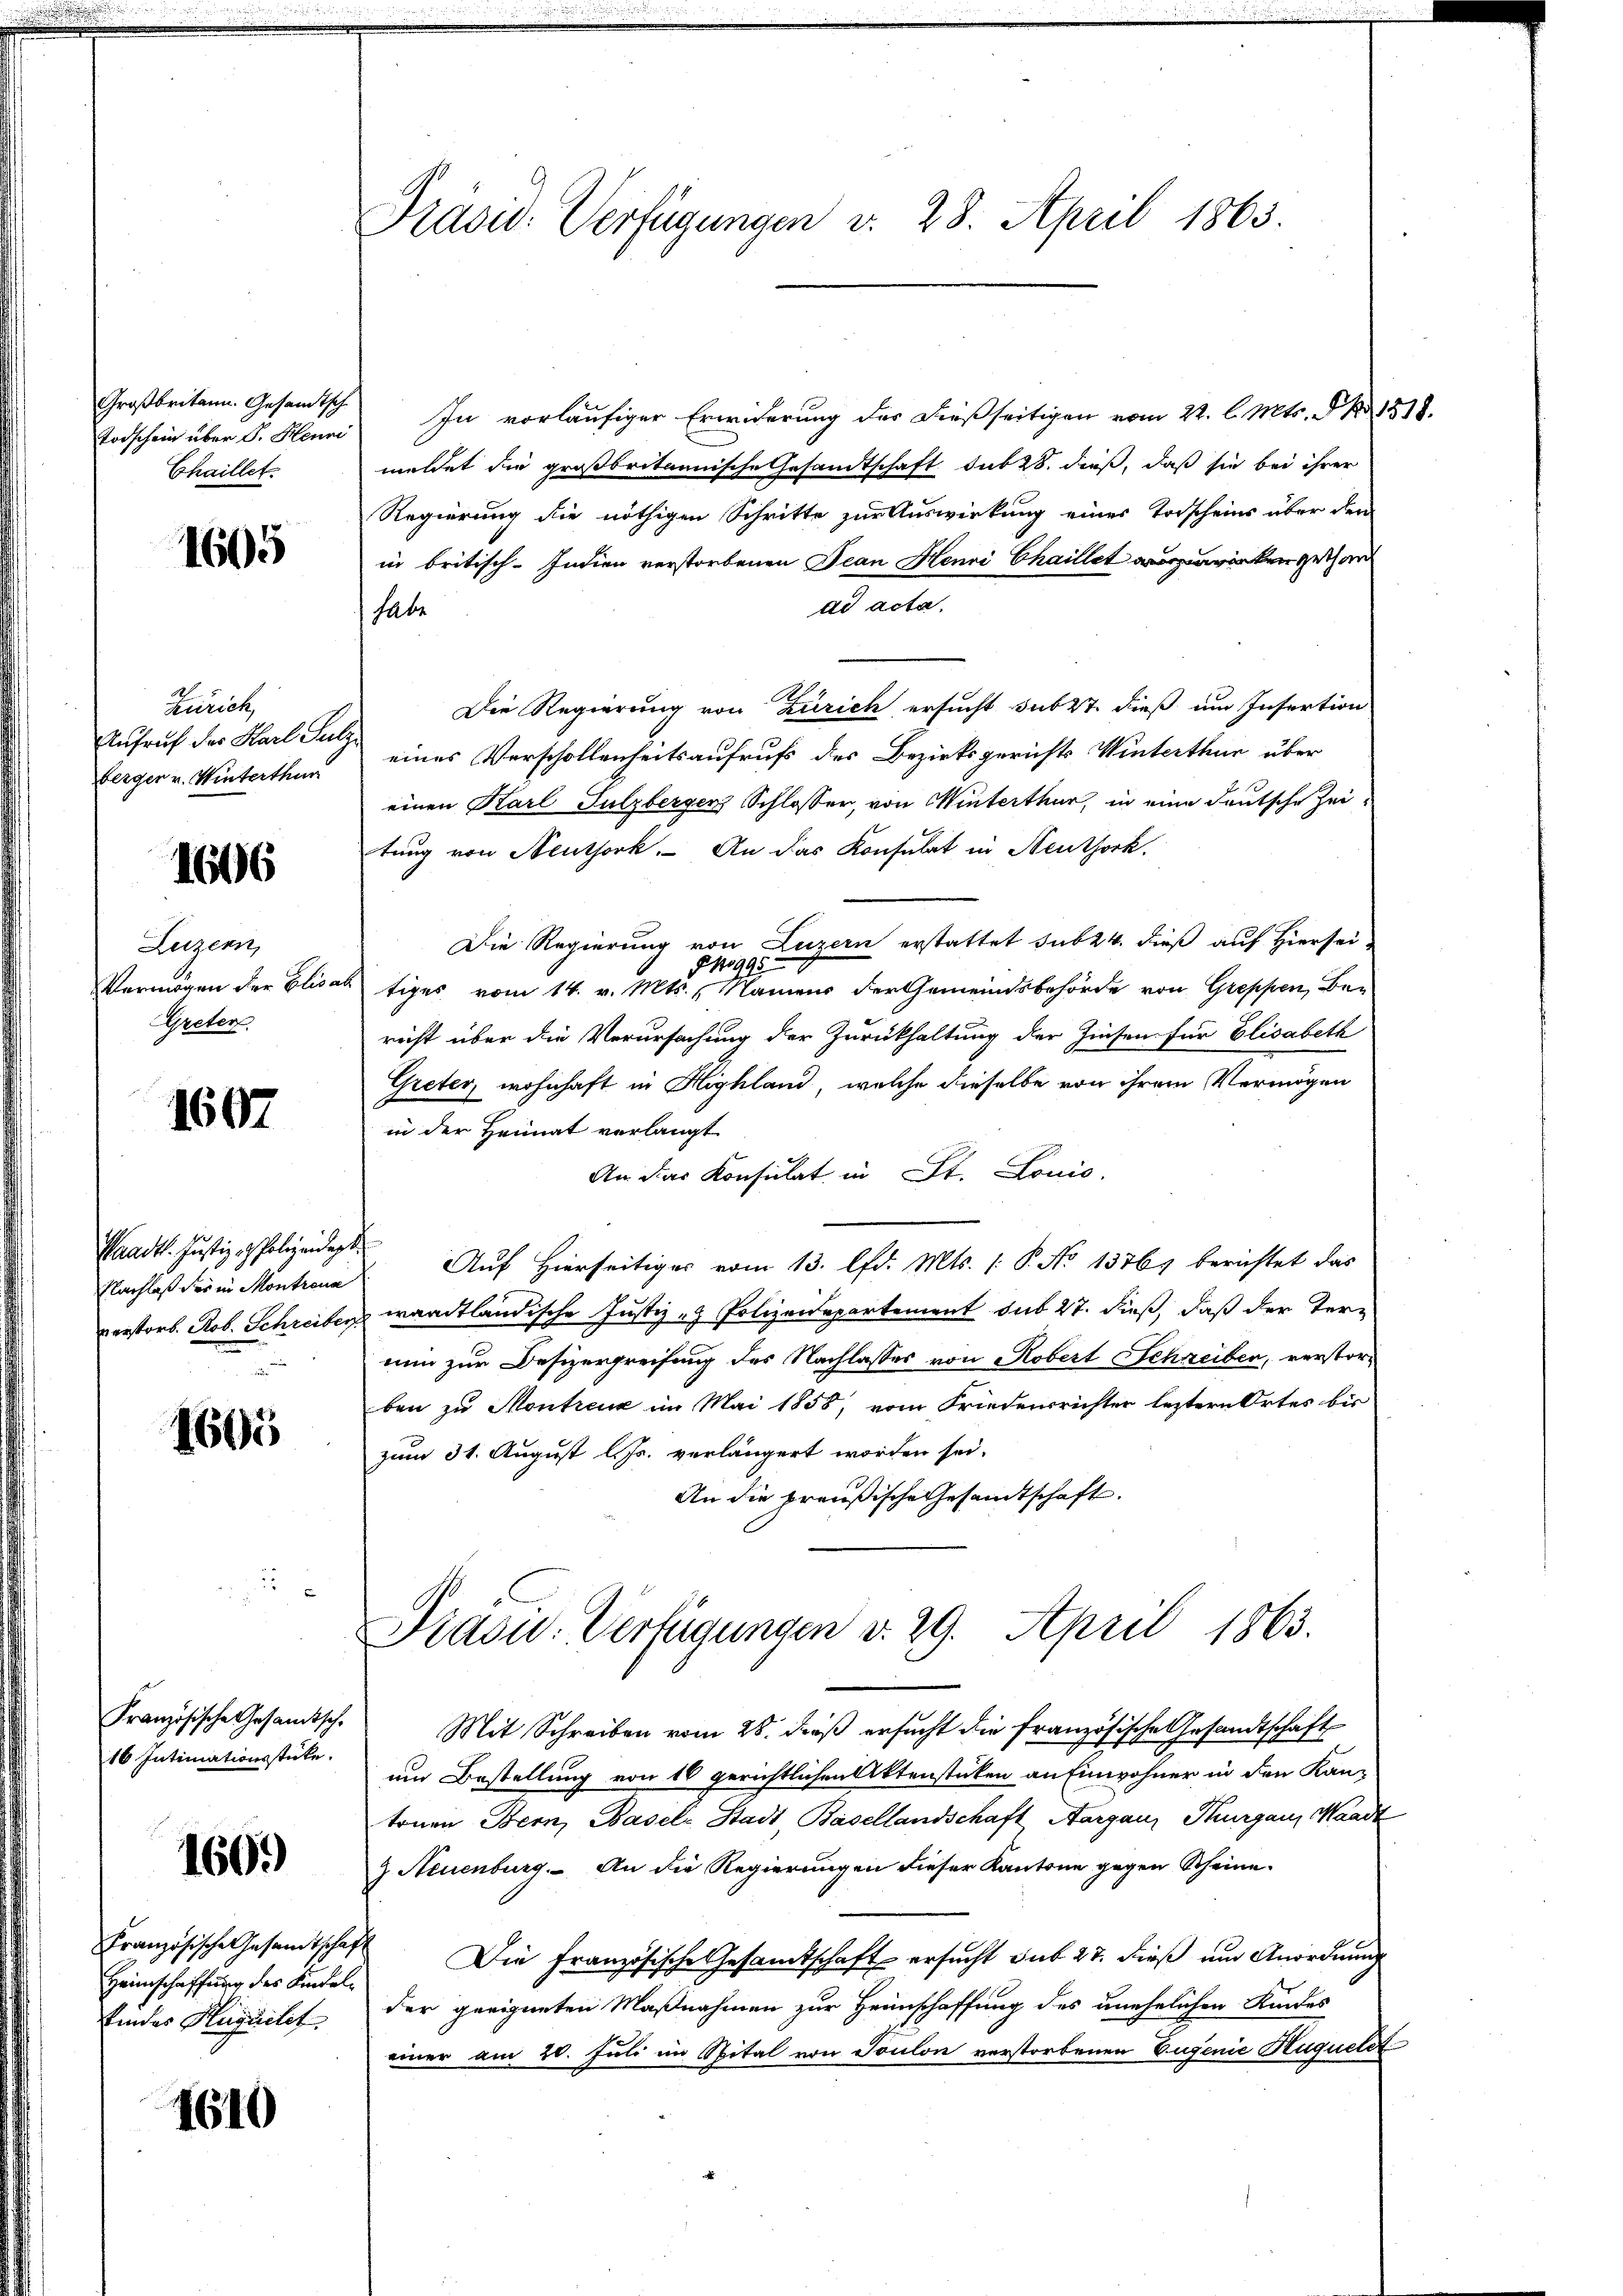
Großbritann. Gesandtsch
Todschein über 8. Henni
Chaillet.

1605

Zürich,
Aufruf der Karl Sulz
berger v. Winterthur

1606

Luzern,
Vermögen der Elisa
EGreten

1607

Waadt. Justiz - Polizeidigt.
Nachlaß des in Montreux
verstorb. Rob. Schreiber

1605

Französische Gesandtsch-
16 Intimationsstücke.

160.)

Französische Gesandtschaf
Heimschaffung des Kindelfindes Huquilit

1610

Präsid. Verfügungen v. 28. April 1865

In vorläufiger Erwiderung der dießseitigen vom 22. l. Mts. § 1518.
meldet die großbritannische Gesandtschaft sub 28. dieß, daß sie bei ihrer
Regierung die nöthigen Schritte zur Auswirkung eines Todscheins über den
in britisch-Indien verstorbenen Jean Henri Chaillet zuwirken gethan
dd acta.
habe
Die Regierung von Zürich ersucht sub 27. dieß um Insertion
eines Verschollenheitsaufrufs des Bezirksgerichts Winterthur über
einen Karl Sulzberger Schlosser, von Winterthur, in eine deutsche Zeitung von Neuthork. An das Konsulat in Neuthork.
Die Regierung von Luzern erstattet sub 24. dieß auf Hiersei¬
§ 13995
tiges vom 14. v. Mts., Namens der Gemeindsbehörde von Greppen, Berecht über die Verursachung der Zurückhaltung der Zinsen für Elisabeth
Greter, wohnhaft in Highland, welche dieselbe von ihrem Vermögen
in der Heimat verlangt
An das Konsulat in St. Louis.
.
Auf Hierseitiger vom 13. lfd. Mts. (: P. No 1376, berichtet das
waadtländische Justiz- & Polizeidepartement sub 27. dieß, daß der Terr
nun zur Besizergreifung des Nachlasses von Robert Schreiben, verstorben zu Montreux im Mai 1858, vom Friedensrichter leztern Ortes bis
zum 31. August l. Js. verlängert worden sei.
An die preußische Gesandtschaft.
Präsu. Verfügungen d. 29. April 1863.
Mit Schreiben vom 28. dieß ersucht die französische Gesandtschaft
um Bestellung von 10 gerichtlichen Aktenstücken an Einwohner in den Kan-
tonen Bern, Basels Stadt Basellandschaft Aarganz Thurgau, Waadt
 Neuenburg. An die Regierungen dieser Kantone gegen Scheine
Die französische Gesamtschaft ersucht sub 27. dieß und Anordnung
der geeigneten Maßnahmen zur Heimschaffung des unehelichen Kindes
einer am 20. Juli im Spital von Toulon verstorbenen Eugenie Huquelst